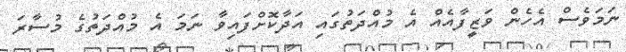
ނަމަވެސް އެހެން ވަޒީފާއެއް އެ މުއްދަތުގައި އަދާކޮށްފައިވާ ނަމަ އެ މުއްދަތުގެ މުސާރަ